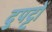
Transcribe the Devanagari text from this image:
दुपट्टों